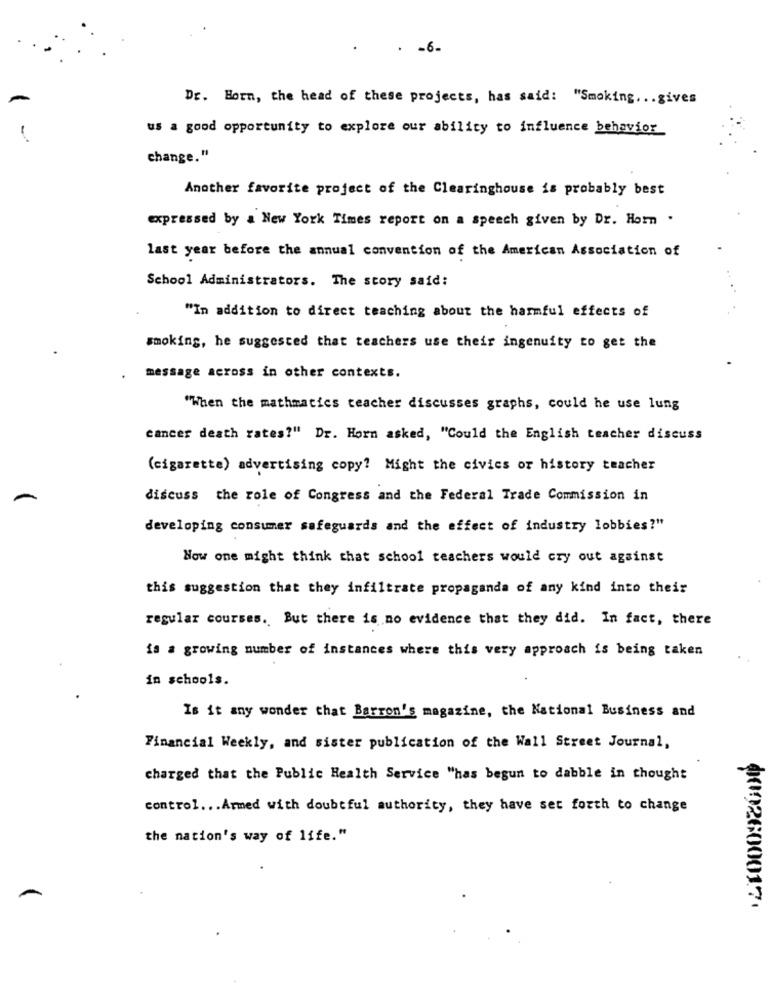
. - 6-
Dr. Horn, the head of these projects, has said: "Smoking. .. gives
us a good opportunity to explore our ability to influence behavior
change."
Another favorite project of the Clearinghouse is probably best
expressed by a New York Times report on a speech given by Dr. Horn .
last year before the annual convention of the American Association of
School Administrators. The story said:
"In addition to direct teaching about the harmful effects of
smoking, he suggested that teachers use their ingenuity to get the
message across in other contexts.
"When the mathmatics teacher discusses graphs, could he use lung
cancer death rates?" Dr. Horn asked, "Could the English teacher discuss
(cigarette) advertising copy? Might the civics or history teacher
discuss the role of Congress and the Federal Trade Commission in
developing consumer safeguards and the effect of industry lobbies?"
How one might think that school teachers would cry out against
this suggestion that they infiltrate propaganda of any kind into their
regular courses .. But there is no evidence that they did. In fact, there
is a growing number of instances where this very approach is being taken
in schools.
Is it any wonder that Barron's magazine, the National Business and
Financial Weekly, and sister publication of the Wall Street Journal,
charged that the Public Health Service "has begun to dabble in thought
control ... Armed with doubtful authority, they have set forth to change
the nation's way of life."
0002600017.